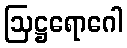
ဩဋ္ဌရောဂေါ